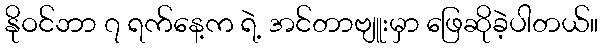
နိုဝင်ဘာ ၇ ရက်နေ့က ရဲ့ အင်တာဗျူးမှာ ဖြေဆိုခဲ့ပါတယ်။